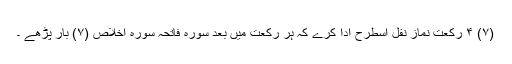
(۷) ۴ رکعت نماز نفل اسطرح ادا کرے کہ ہر رکعت میں بعد سورہ فاتحہ سورہ اخلاص (۷) بار پڑھے ۔